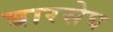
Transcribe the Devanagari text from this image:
बारसेघ